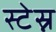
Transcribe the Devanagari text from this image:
स्टेस्न